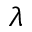
\lambda